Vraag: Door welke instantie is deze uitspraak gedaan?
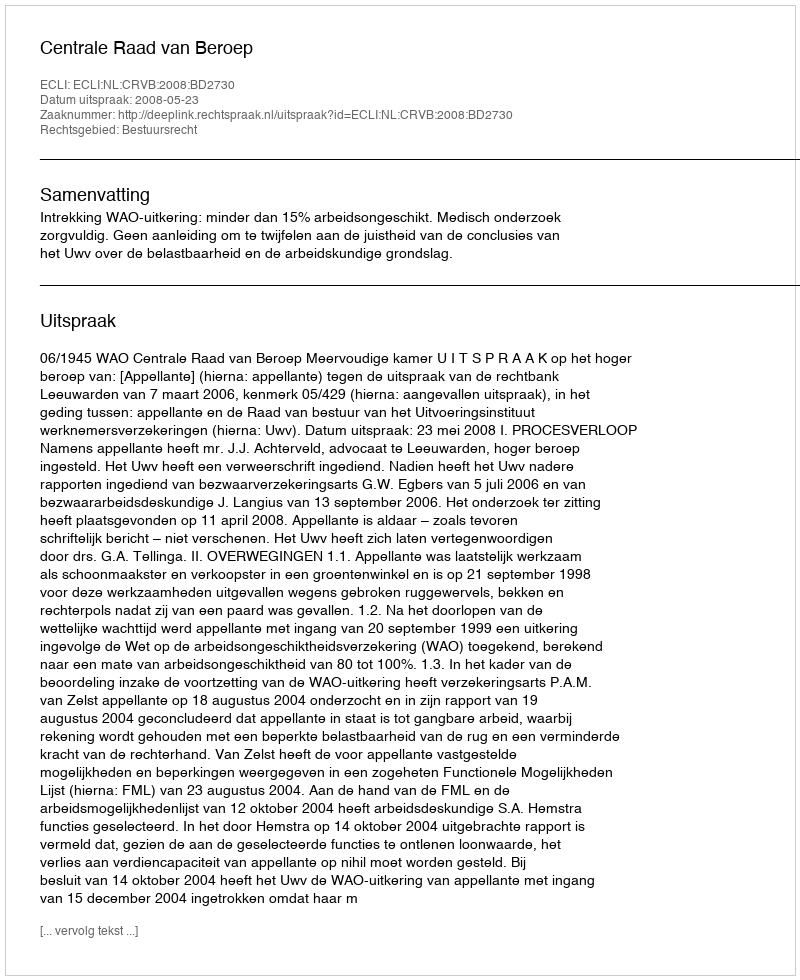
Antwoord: Centrale Raad van Beroep